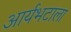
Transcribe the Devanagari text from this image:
आर्यभटाला